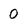
Character: 0